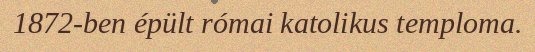
1872-ben épült római katolikus temploma.